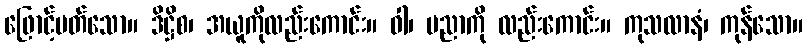
ဖြောင့်မတ်သော။ ဒိဋ္ဌိစ၊ အယူကိုလည်းကောင်း။ ဝါ၊ ပညာကို လည်းကောင်း။ ကုသလာနံ၊ ကုန်သော။